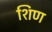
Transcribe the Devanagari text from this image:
शिण